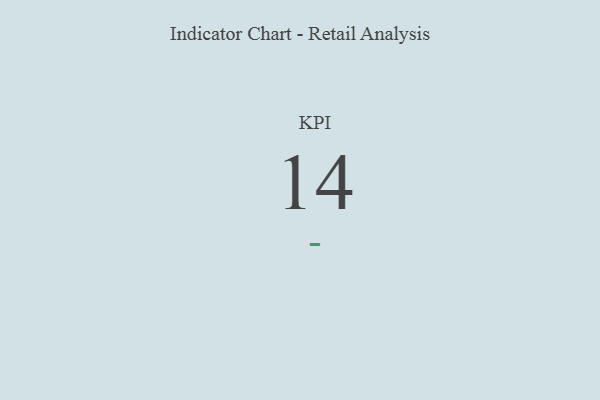
{"axis": {"x": "KPI", "y": "Value"}, "legend": [""], "data": [{"x": "KPI", "y": 14, "type": ""}]}